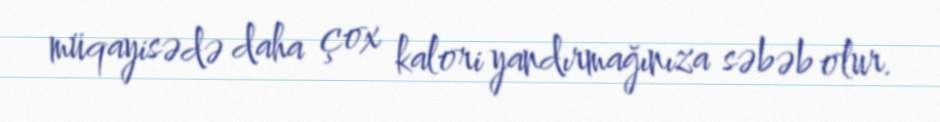
müqayisədə daha çox kalori yandırmağınıza səbəb olur.